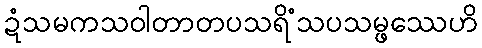
ဍံသမကသဝါတာတပသရိံသပသမ္ဖဿေဟိ